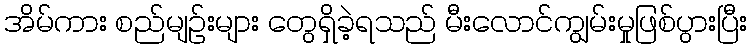
အိမ်ကား စည်မျဉ်းများ တွေရှိခဲ့ရသည် မီးလောင်ကျွမ်းမှုဖြစ်ပွားပြီး